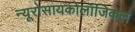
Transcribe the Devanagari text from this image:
न्यूरोसायकोलॉजिकल